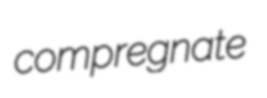
compregnate